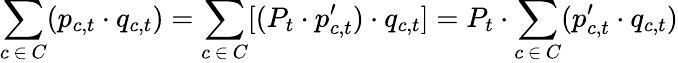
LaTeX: \sum_{c\, \in\, C}(p_{c,t}\cdot q_{c,t})=\sum_{c\, \in\, C}[(P_{t}\cdot p_{c,t}^{\prime})\cdot q_{c,t}]=P_{t}\cdot\sum_{c\, \in\, C}(p_{c,t}^{\prime}\cdot q_{c,t})